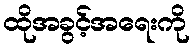
ထိုအခွင့်အရေးကို